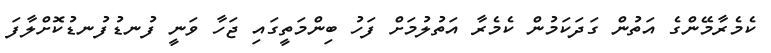
ކެމެރާމޭންގެ އަތުން ގަދަކަމުން ކެމެރާ އަތުލުމަށް ފަހު ބިންމަތީގައި ޖަހާ ވަނީ ފުނޑުފުނޑުކޮށްލާފަ